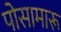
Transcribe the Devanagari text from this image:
पोसामारू